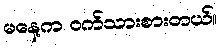
မနေ့က ဝက်သားစားတယ်။